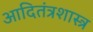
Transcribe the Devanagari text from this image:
आदितंत्रशास्त्र